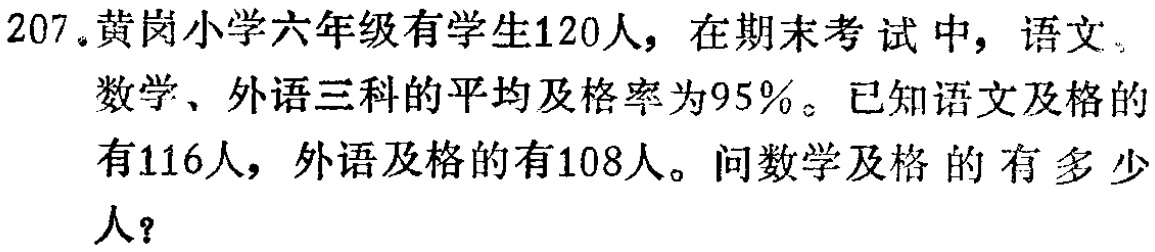
207.黄岗小学六年级有学生120人，在期末考试中，语文、数学、外语三科的平均及格率为95%。已知语文及格的有116人，外语及格的有108人。问数学及格的有多少人？